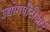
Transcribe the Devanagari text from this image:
उद्योगपीटीआई